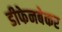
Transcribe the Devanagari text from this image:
डीफेनबेकर